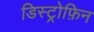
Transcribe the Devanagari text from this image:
डिस्ट्रोफ़िन